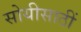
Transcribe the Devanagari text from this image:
सोयीसाठीं